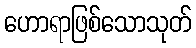
ဟောရာဖြစ်သောသုတ်